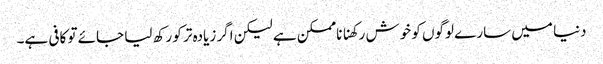
دنیا میں سارے لوگوں کو خوش رکھنا ناممکن ہے لیکن اگر زیادہ تر کو رکھ لیا جائے تو کافی ہے۔